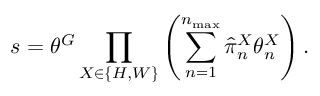
s = \theta ^ { G } \prod _ { X \in \{ H , W \} } \left( \sum _ { n = 1 } ^ { n _ { \operatorname* { m a x } } } \hat { \pi } _ { n } ^ { X } \theta _ { n } ^ { X } \right) .